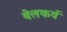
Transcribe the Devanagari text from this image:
बेलकर्व